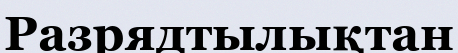
Разрядтылықтан